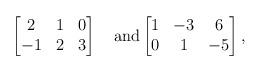
LaTeX: \begin{align*} \begin{bmatrix}2 & 1 & 0 \\-1 & 2 & 3\end{bmatrix}\quad\mathrm{and}\begin{bmatrix}1 & -3 & 6 \\0 & 1 & -5\end{bmatrix},\end{align*}